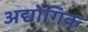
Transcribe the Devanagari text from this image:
अद्योगिक